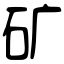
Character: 矿